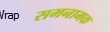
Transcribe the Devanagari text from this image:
समनामक